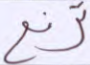
ترفع